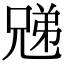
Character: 𫤜